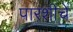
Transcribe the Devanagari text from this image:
पारशीचे